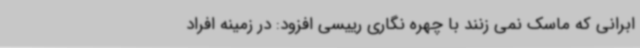
ابرانی که ماسک نمی زنند با چهره نگاری رییسی افزود: در زمینه افراد